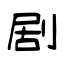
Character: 剧